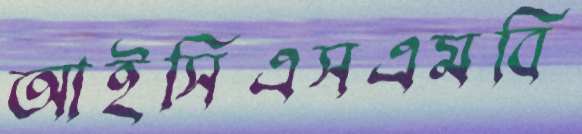
আইসিএসএমবি